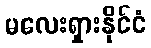
မလေးရှားနိုင်ငံ